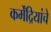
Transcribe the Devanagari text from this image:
कर्मेंद्रियांचे